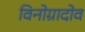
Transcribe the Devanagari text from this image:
विनोग्रादोव